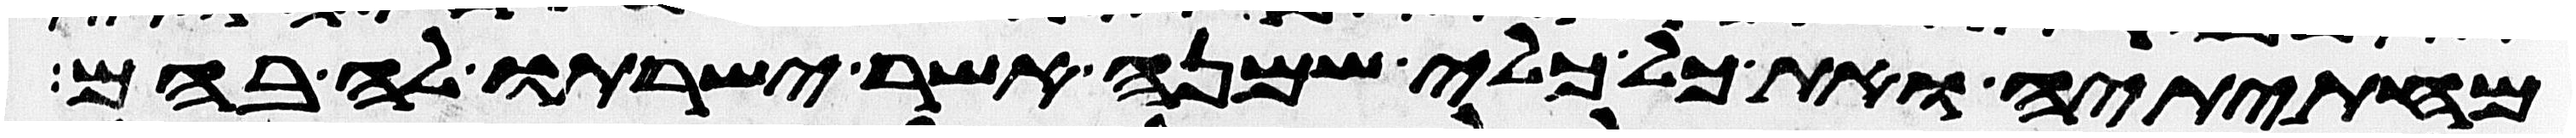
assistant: מחתיתיה ואת כל כלי שמנה אשר ישרתו לה בהם